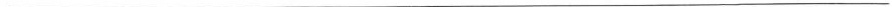
___